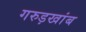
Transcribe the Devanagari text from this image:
गरुड़खांब